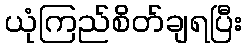
ယုံကြည်စိတ်ချရပြီး